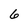
Character: 6